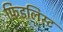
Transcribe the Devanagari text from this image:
फिडलिस्ट